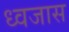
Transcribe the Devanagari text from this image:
ध्वजास